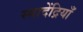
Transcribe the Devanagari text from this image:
स्वादेंद्रियाँ